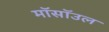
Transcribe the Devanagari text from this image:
मॉसॉउल